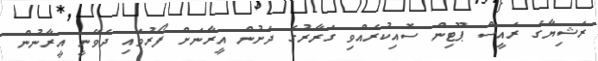
ރަޝިޔާގެ ރައީސް ޕޫޓިން ސޮއިކުރެއްވި ގަރާރުގެ ދަށުން އީރާނަށް ފޯރުވައި ދެވޭނީ އީރާނުން